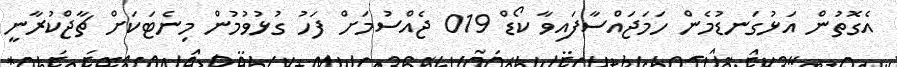
އެގޮތުން އަޅުގަނޑުމެން ހަމަޖައްސާފައިވާ ކޯޑް 019 ޖެއްސުމަށް ފަހު ގުޅުވުމުން މިނެޓަކަށް ޗާޖްކުރާނީ